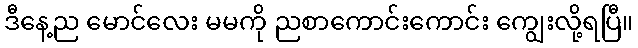
ဒီနေ့ည မောင်လေး မမကို ညစာကောင်းကောင်း ကျွေးလို့ရပြီ။